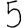
Digit: 5